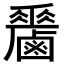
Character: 𪊁